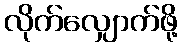
လိုက်လျှောက်ဖို့